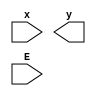
`timescale 1ns / 1ps

module priority_encoder_4to2(
    input [3:0] x,
    output [1:0] y,
    input E
    );

wire not_w0,not_w1,not_w2,not_w3, w4;

not ( not_w0, x0);
not ( not_w2, x2);
not ( not_w1, x1);
not ( not_w3, x3);

or ( E, not_w0, not_w1, not_w2, not_w3);

or ( y1, x2, x3);

and (w4, not_w2, x1);
or ( y0, x3, w4);



endmodule